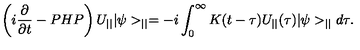
\left( i \frac { \partial } { \partial t } - P H P \right) U _ { | | } | \psi > _ { | | } = - i \int _ { 0 } ^ { \infty } K ( t - \tau ) U _ { | | } ( \tau ) | \psi > _ { | | } d \tau .